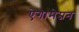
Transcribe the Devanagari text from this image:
ऐगामेम्नन